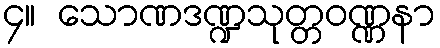
၄။ သောဏဒဏ္ဍသုတ္တဝဏ္ဏနာ